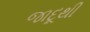
જાદૂથી